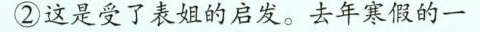
②这是受了表姐的启发。去年寒假的一